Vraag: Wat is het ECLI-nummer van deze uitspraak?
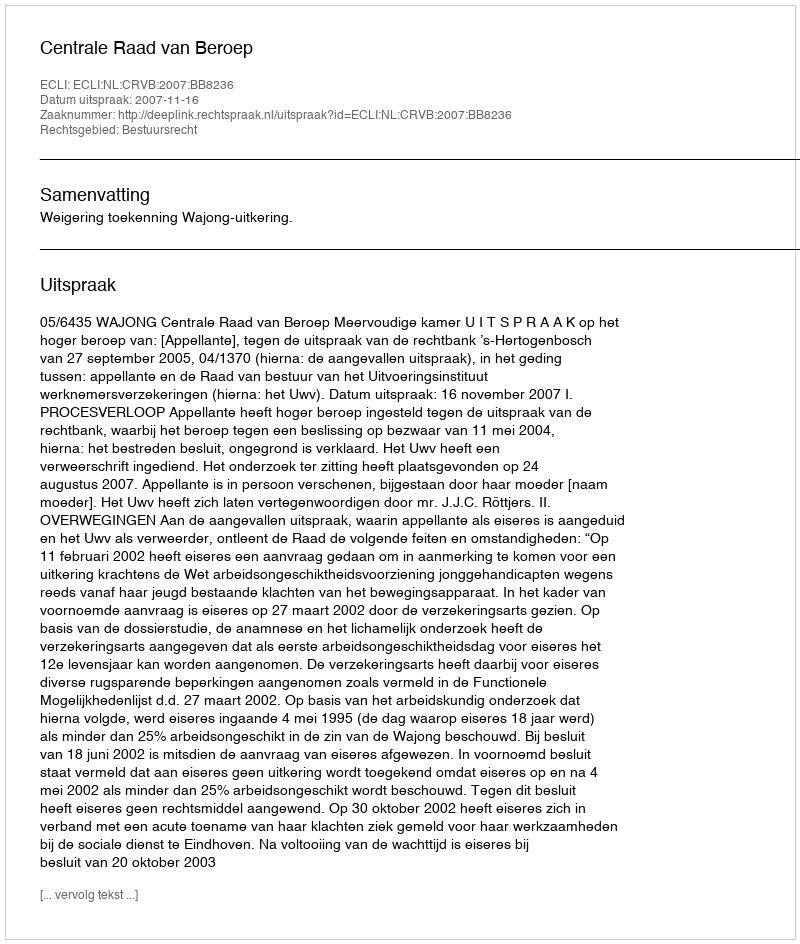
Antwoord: ECLI:NL:CRVB:2007:BB8236